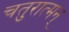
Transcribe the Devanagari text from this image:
चतुरात्मन्